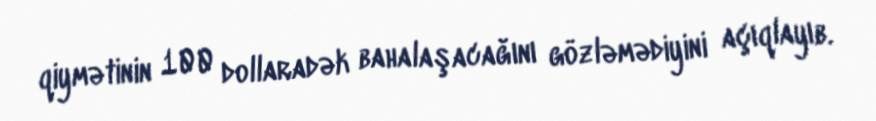
qiymətinin 100 dollaradək bahalaşacağını gözləmədiyini açıqlayıb.